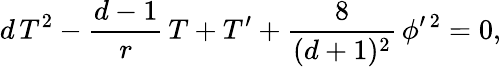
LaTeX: d\, T^{2}-{\frac{d-1}{r}}\, T+T^{\prime}+{\frac{8}{(d+1)^{2}}}\, \phi^{\prime\, 2}=0,